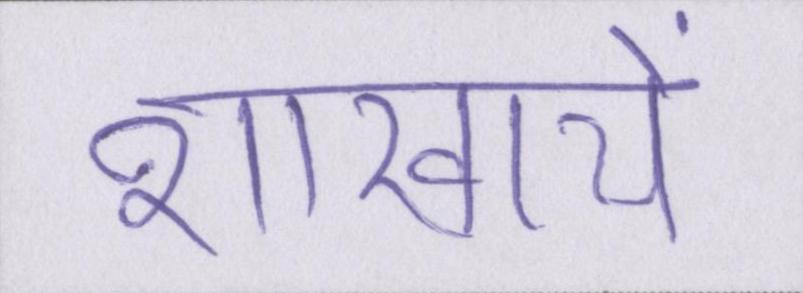
शाखायें